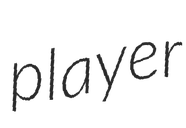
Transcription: player